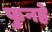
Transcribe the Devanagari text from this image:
फुनहे